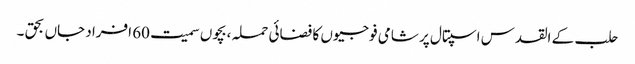
حلب کے القدس اسپتال پر شامی فوجیوں کا فضائی حملہ ،بچوں سمیت 60 افراد جاں بحق ۔